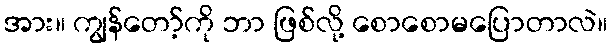
အား။ ကျွန်တော့်ကို ဘာ ဖြစ်လို့ စောစောမပြောတာလဲ။